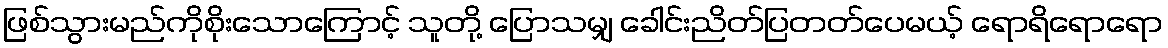
ဖြစ်သွားမည်ကိုစိုးသောကြောင့် သူတို့ ပြောသမျှ ခေါင်းညိတ်ပြတတ်ပေမယ့် ရောရိရောရော